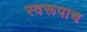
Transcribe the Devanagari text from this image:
स्वरूपाच